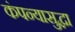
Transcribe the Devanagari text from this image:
कंपन्यासुद्धा